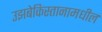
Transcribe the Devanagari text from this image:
उझबेकिस्तानामधील